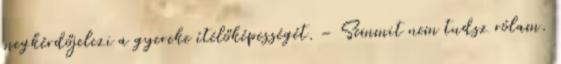
megkérdőjelezi a gyereke ítélőképességét. – Semmit nem tudsz rólam.